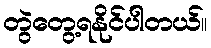
တွဲတွေ့ရနိုင်ပါတယ်။